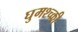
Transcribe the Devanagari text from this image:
घुमश्च्क्री